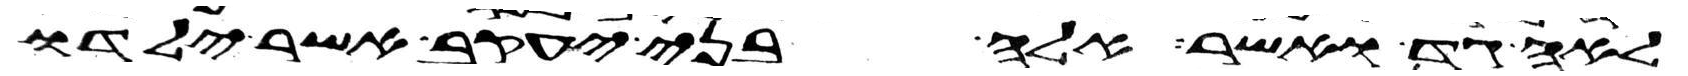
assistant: לאה גד ואשר אלה בני יעקב אשר ילדו